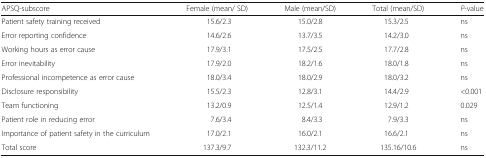
| APSQ-subscore | Female (mean/ SD) | Male (mean/SD) | Total (mean/SD) | P-value |
 | --- | --- | --- | --- | --- |
 | Patient safety training received | 15.6/2.3 | 15.0/2.8 | 15.3/2.5 | ns |
 | Error reporting confidence | 14.6/2.6 | 13.7/3.5 | 14.2/3.0 | ns |
 | Working hours as error cause | 17.9/3.1 | 17.5/2.5 | 17.7/2.8 | ns |
 | Error inevitability | 17.9/2.0 | 18.2/1.6 | 18.0/1.8 | ns |
 | Professional incompetence as error cause | 18.0/3.4 | 18.0/2.9 | 18.0/3.2 | ns |
 | Disclosure responsibility | 15.5/2.3 | 12.8/3.1 | 14.4/2.9 | <0.001 |
 | Team functioning | 13.2/0.9 | 12.5/1.4 | 12.9/1.2 | 0.029 |
 | Patient role in reducing error | 7.6/3.4 | 8.4/3.3 | 7.9/3.3 | ns |
 | Importance of patient safety in the curriculum | 17.0/2.1 | 16.0/2.1 | 16.6/2.1 | ns |
 | Total score | 137.3/9.7 | 132.3/11.2 | 135.16/10.6 | ns |